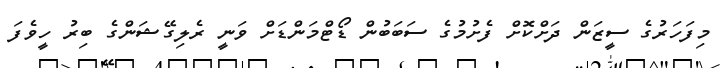
މިފަހަރުގެ ސީޒަން ދަށްކޮށް ފެށުމުގެ ސަބަބުން ޑޯޓްމަންޑަށް ވަނީ ރެލިގޭޝަންގެ ބިރު ހީވެފަ